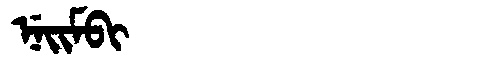
Manchu: ᠨᡝᡳᠮᠪᡳ
Romanization: NEIMBI